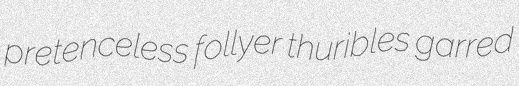
pretenceless follyer thuribles garred